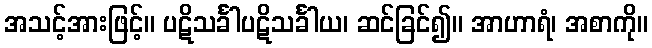
အသင့်အားဖြင့်။ ပဋိသင်္ခါပဋိသင်္ခါယ၊ ဆင်ခြင်၍။ အာဟာရံ၊ အစာကို။